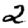
Digit: 2